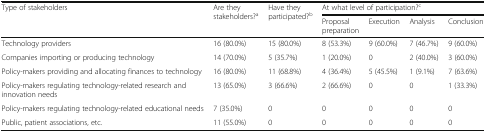
| <ROWSPAN=2> Type of stakeholders | <ROWSPAN=2> Are they stakeholders?a | <ROWSPAN=2> Have they participated?b | <COLSPAN=4> At what level of participation?c |
 | Proposal preparation | Execution | Analysis | Conclusion |
 | --- | --- | --- | --- | --- | --- | --- |
 | Technology providers | 16 (80.0%) | 15 (80.0%) | 8 (53.3%) | 9 (60.0%) | 7 (46.7%) | 9 (60.0%) |
 | Companies importing or producing technology | 14 (70.0%) | 5 (35.7%) | 1 (20.0%) | 0 | 2 (40.0%) | 3 (60.0%) |
 | Policy-makers providing and allocating finances to technology | 16 (80.0%) | 11 (68.8%) | 4 (36.4%) | 5 (45.5%) | 1 (9.1%) | 7 (63.6%) |
 | Policy-makers regulating technology-related research and innovation needs | 13 (65.0%) | 3 (66.6%) | 2 (66.6%) | 0 | 0 | 1 (33.3%) |
 | Policy-makers regulating technology-related educational needs | 7 (35.0%) | 0 | 0 | 0 | 0 | 0 |
 | Public, patient associations, etc. | 11 (55.0%) | 0 | 0 | 0 | 0 | 0 |